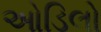
ઓડિલો